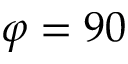
\varphi = 9 0